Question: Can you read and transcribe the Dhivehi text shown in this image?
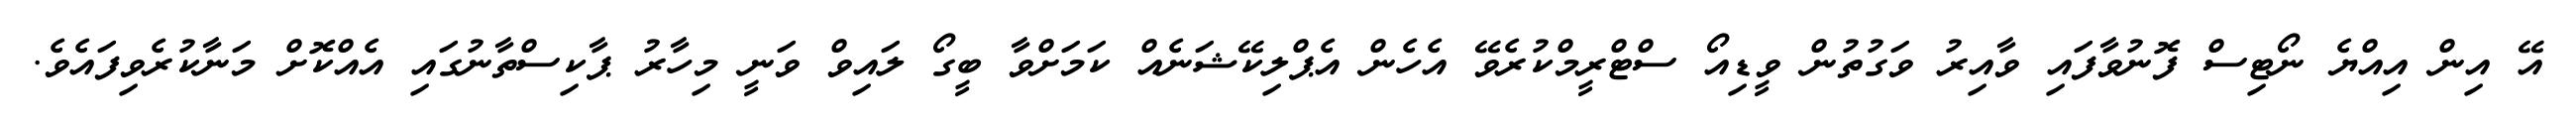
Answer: އޭ އިން އިއްޔެ ނޯޓިސް ފޮނުވާފައި ވާއިރު ވަގުތުން ވީޑިއޯ ސްޓްރީމްކުރެވޭ އެހެން އެޕްލިކޭޝަނެއް ކަމަށްވާ ބީގޯ ލައިވް ވަނީ މިހާރު ޕާކިސްތާނުގައި އެއްކޮށް މަނާކުރެވިފައެވެ.